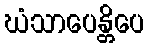
ဃံသာပေန္တိပေ